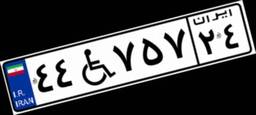
۴۴W۷۵۷۲۴